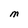
Character: M